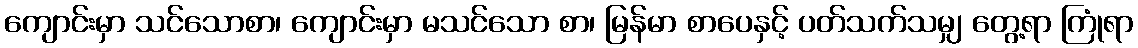
ကျောင်းမှာ သင်သောစာ၊ ကျောင်းမှာ မသင်သော စာ၊ မြန်မာ စာပေနှင့် ပတ်သက်သမျှ တွေ့ရာ ကြုံရာ